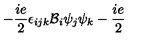
- \frac { i e } { 2 } \epsilon _ { i j k } { \cal { B } } _ { i } \psi _ { j } \psi _ { k } - \frac { i e } { 2 }